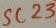
Text: SC239